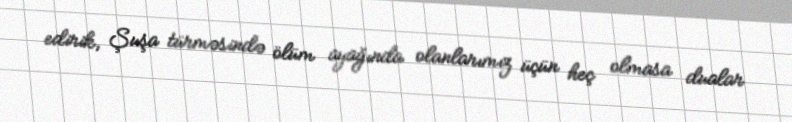
edirik, Şuşa türməsində ölüm ayağında olanlarımız üçün heç olmasa dualar